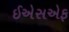
ઈએસએફ